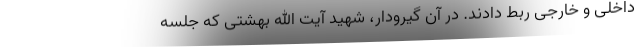
داخلی و خارجی ربط دادند. در آن گیرودار، شهید آیت الله بهشتی که جلسه